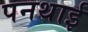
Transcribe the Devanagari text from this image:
पनथाई